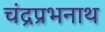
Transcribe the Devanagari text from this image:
चंद्रप्रभनाथ